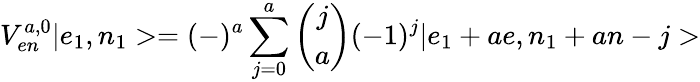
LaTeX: V_{en}^{a,0}|e_{1},n_{1}>=(-)^{a}\sum_{j=0}^{a}\left(\begin{array}{cc}{{j}}\\ {{a}}\end{array}\right)(-1)^{j}|e_{1}+ae,n_{1}+an-j>